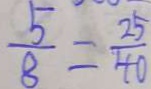
\frac { 5 } { 8 } = \frac { 2 5 } { 4 0 }